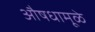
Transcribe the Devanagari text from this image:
औषधामूळे